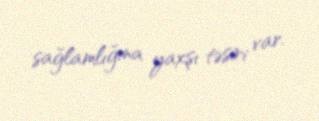
sağlamlığına yaxşı təsiri var.